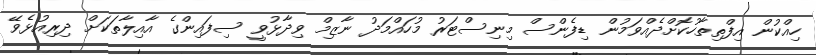
ހިއްކުން އިފްތިތާހުކޮށްދެއްވަމުން ޑިފެންސް މިނިސްޓަރު މުހައްމަދު ނާޒިމް ވިދާޅުވީ ސިފައިންގެ އާއިލާތަކަށް ދިރިއުޅެވޭ